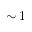
\sim 1